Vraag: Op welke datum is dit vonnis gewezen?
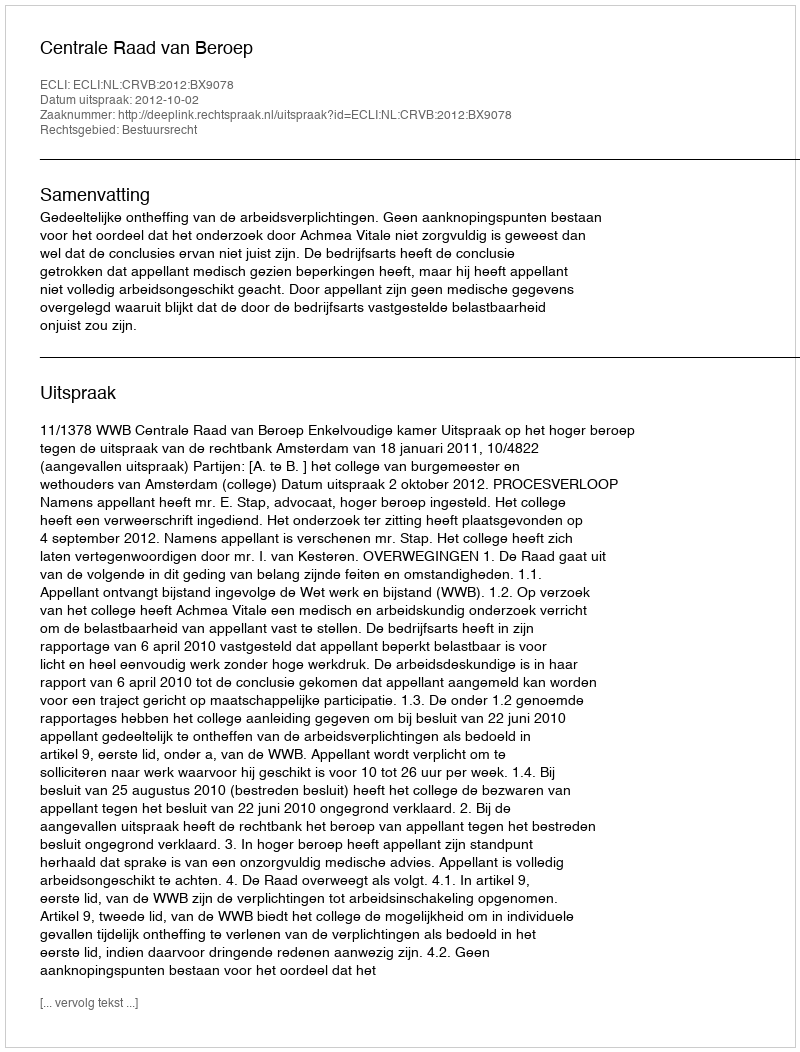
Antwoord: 2012-10-02